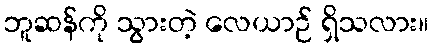
ဘူဆန်ကို သွားတဲ့ လေယာဉ် ရှိသလား။